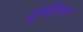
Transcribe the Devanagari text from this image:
दूरबीनता